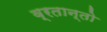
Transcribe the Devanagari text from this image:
व्रतान्तो